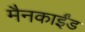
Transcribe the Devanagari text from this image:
मैनकाईंड